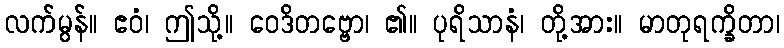
လက်မွန်။ ဧဝံ၊ ဤသို့။ ဝေဒိတဗ္ဗော၊ ၏။ ပုရိသာနံ၊ တို့အား။ မာတုရက္ခိတာ၊